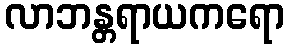
လာဘန္တရာယကရော